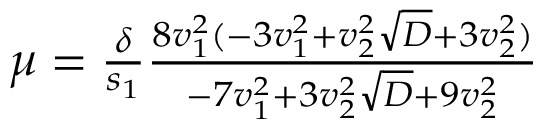
\begin{array} { r } { \mu = \frac { \delta } { s _ { 1 } } \frac { 8 v _ { 1 } ^ { 2 } ( - 3 v _ { 1 } ^ { 2 } + v _ { 2 } ^ { 2 } \sqrt { D } + 3 v _ { 2 } ^ { 2 } ) } { - 7 v _ { 1 } ^ { 2 } + 3 v _ { 2 } ^ { 2 } \sqrt { D } + 9 v _ { 2 } ^ { 2 } } } \end{array}